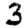
Digit: 3